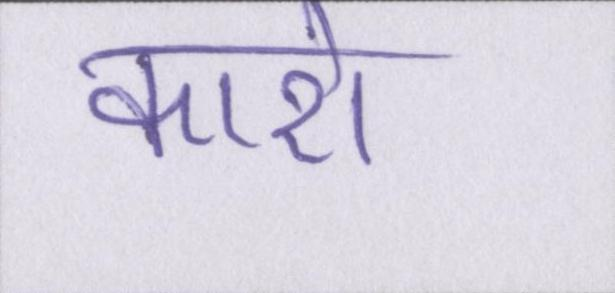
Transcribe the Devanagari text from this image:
कारो